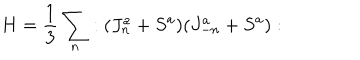
LaTeX: H = \frac { 1 } { 3 } \sum _ { n } : ( J _ { n } ^ { a } + S ^ { a } ) ( J _ { - n } ^ { a } + S ^ { a } ) :